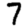
Digit: 7